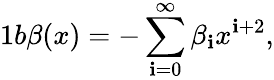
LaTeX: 1b\beta(x)=-\sum_{\mathbf{i}=0}^{\infty}\beta_{\mathbf{i}}x^{\mathbf{i}+2},